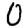
Digit: 0